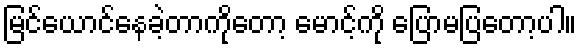
မြင်ယောင်နေခဲ့တာကိုတော့ မောင့်ကို ပြောမပြတော့ပါ။